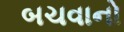
બચવાનો